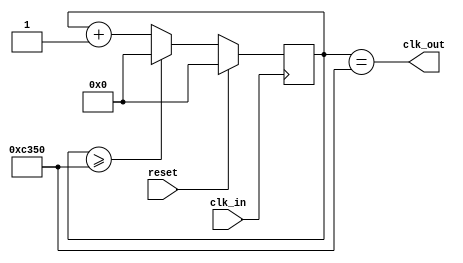
`timescale 1ns / 1ps
//////////////////////////////////////////////////////////////////////////////////
// Company: 
// Engineer: 
// 
// Design Name: 
// Module Name:    clock_divider 
// Project Name: 
// Target Devices: 
// Tool versions: 
// Description: 
//
// Dependencies: 
//
// Revision: 
// Revision 0.01 - File Created
// Additional Comments: 
//
//////////////////////////////////////////////////////////////////////////////////
module clock_divider(
		input wire clk_in,
		input wire reset,
		output wire clk_out
);

localparam MAX = 32'd50000;

// painfully slow 32'd10000000;
// pretty slow (each cycle visible): 32'd2000000;
// fast-ish: 32'd50000;
// fast (redraws frame in 30 sec): 32'd5000
// approaching maximum: 32'd10;

reg [31:0] counter;

/* 1kHz => 16'd5000 */

always @(posedge clk_in) begin
	if (reset)
		counter <= 0;
	else if (counter >= MAX)
		counter <= 0;
	else
		counter <= counter + 1;
end

assign clk_out = (counter == MAX);


endmodule